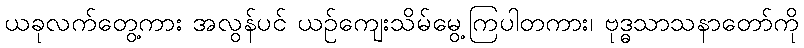
ယခုလက်တွေ့ကား အလွန်ပင် ယဉ်ကျေးသိမ်မွေ့ကြပါတကား၊ ဗုဒ္ဓသာသနာတော်ကို